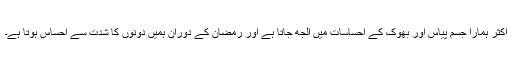
اکثر ہمارا جسم پیاس اور بھوک کے احساسات میں الجھ جاتا ہے اور رمضان کے دوران ہمیں دونوں کا شدت سے احساس ہوتا ہے۔